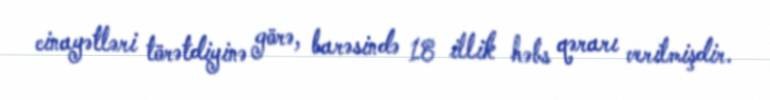
cinayətləri törətdiyinə görə, barəsində 18 illik həbs qərarı verilmişdir.